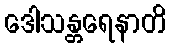
ဒေါသန္တရေနာတိ